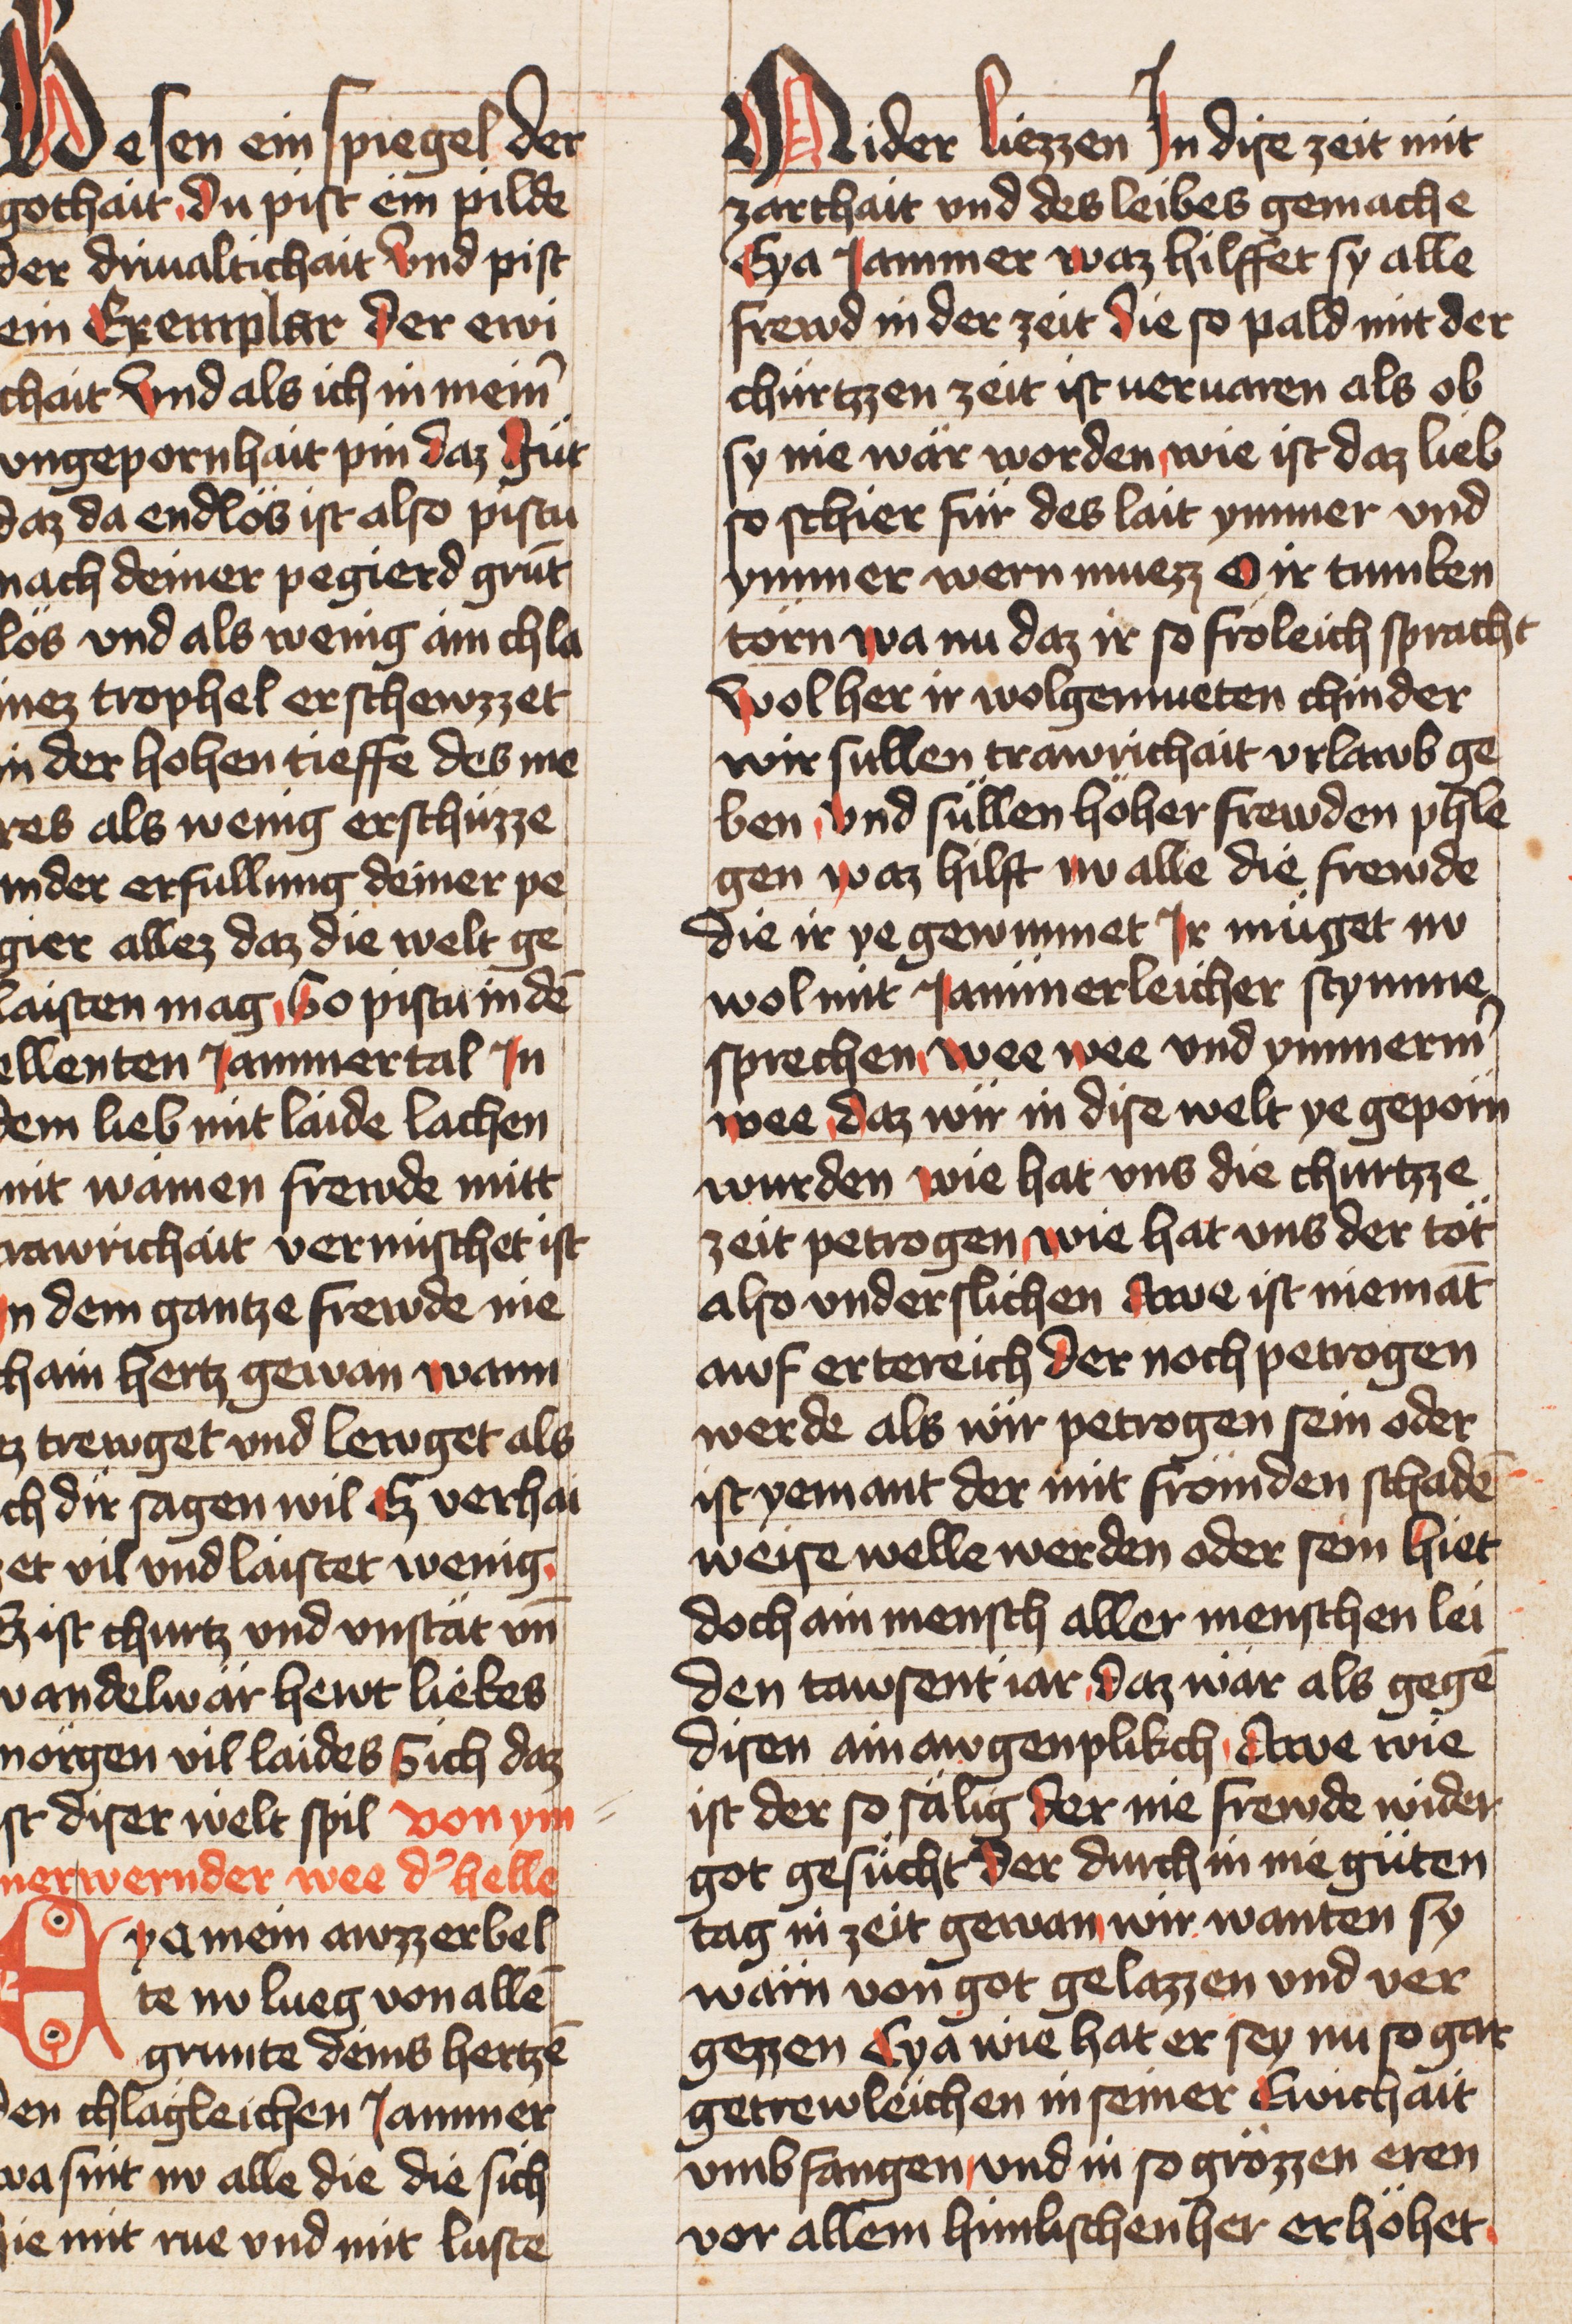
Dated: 1436–1436